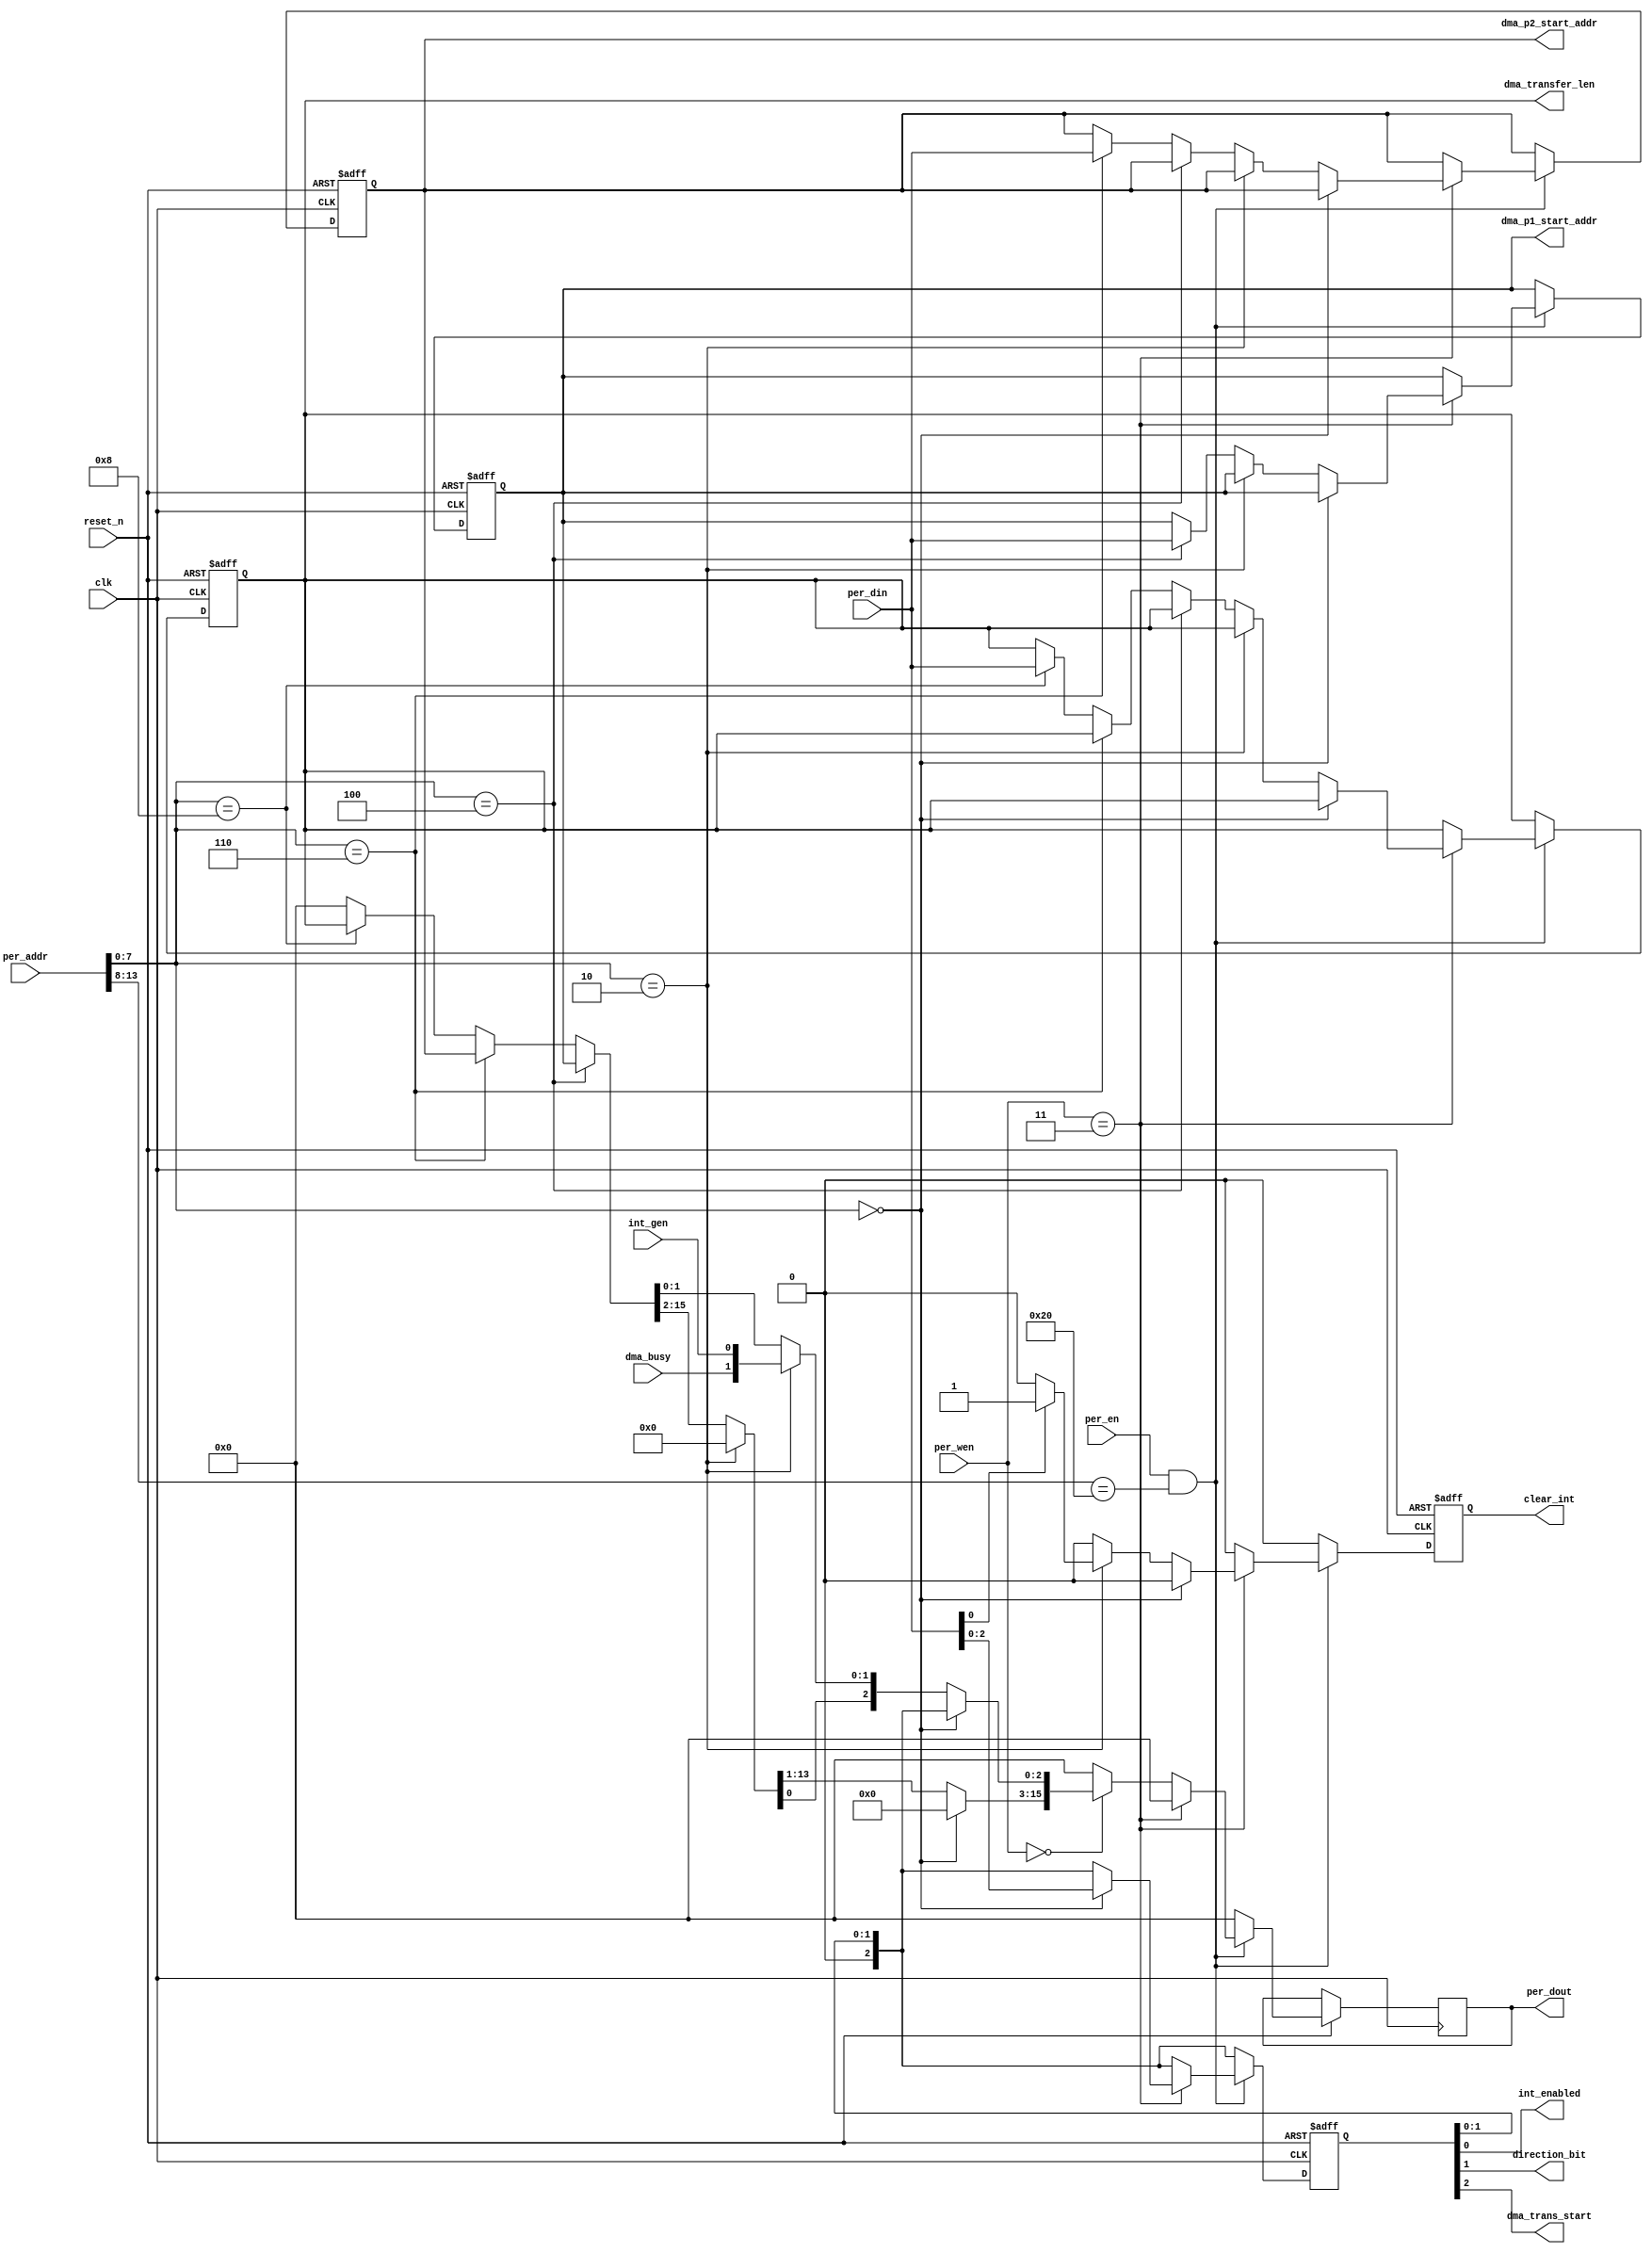
// Sai Marri :: DMA Registers
// Simple DMA controller for the OpenMSP430 IP core


module dma_registers(
        clk,
        reset_n,
        per_addr,
        per_en,
        per_wen,
        per_din,
        per_dout,
        int_gen,
        dma_busy,
        int_enabled,
        direction_bit,
        dma_trans_start,
        dma_p1_start_addr,
        dma_p2_start_addr,
        dma_transfer_len,
        clear_int);

parameter   DMA_CSR         =   8'h00;
//  BIT[0]      :   0 - INT_DISABLED        : 1 - INT_ENABLED
//  BIT[1]      :   0 - port1 -> port2      : 1 - port2 -> port1
//  BIT[2]      :   1 - DMA Start
parameter   DMA_STATUS      =   8'h02;
//  BIT[0]      :   1 - INT_Generated
//  BIT[1]      :   0 - DMA Idle      : 1 - DMA Busy
parameter   DMA_P1_SADDR    =   8'h04;
parameter   DMA_P2_SADDR    =   8'h06;
parameter   DMA_TRANS_LEN   =   8'h08;

parameter   DMA_BASE_ADDR   =   6'h20;

input               clk;
input               reset_n;
input       [13:0]  per_addr;
input               per_en;
input       [1:0]   per_wen;
input       [15:0]  per_din;
output reg  [15:0]  per_dout;

input               int_gen;
input               dma_busy;

output              int_enabled;
output              direction_bit;
output              dma_trans_start;

output reg  [15:0]  dma_p1_start_addr;
output reg  [15:0]  dma_p2_start_addr;
output reg  [15:0]  dma_transfer_len;
output reg          clear_int;

reg     [2:0]   dma_ctrl;


always @(posedge clk or negedge reset_n)
begin
    if(reset_n == 1'b0)
    begin
        dma_transfer_len    =   16'h00;
        dma_p1_start_addr   =   16'h00;
        dma_p2_start_addr   =   16'h00;
        dma_ctrl            =   3'h0;
        clear_int           =   1'b0;
    end
    else
    begin
        clear_int           =   1'b0;
        dma_ctrl[2]         =   1'b0;
        per_dout            =   16'h0;
        if((per_en == 1'b1) & (per_addr[13:8] == DMA_BASE_ADDR))
        begin
            if(per_wen == 2'b11)
            begin
                if(per_addr[7:0]    ==  DMA_CSR)
                    dma_ctrl    =   per_din[2:0];
                else if(per_addr[7:0]   ==  DMA_STATUS)
                begin
                    if(per_din[0] == 1'b1)
                        clear_int   =   1'b1;
                end
                else if(per_addr[7:0]   ==  DMA_P1_SADDR)
                    dma_p1_start_addr   =   per_din;
                else if(per_addr[7:0]   ==  DMA_P2_SADDR)
                    dma_p2_start_addr   =   per_din;
                else if(per_addr[7:0]   ==  DMA_TRANS_LEN)
                    dma_transfer_len    =   per_din;
            end
            else if(per_wen == 2'b00)
            begin
                if(per_addr[7:0]    ==  DMA_CSR)
                    per_dout[2:0]   =   dma_ctrl;
                else if(per_addr[7:0]   ==  DMA_STATUS)
                    per_dout[1:0]  =   {dma_busy,int_gen};
                else if(per_addr[7:0]   ==  DMA_P1_SADDR)
                    per_dout        =   dma_p1_start_addr;
                else if(per_addr[7:0]   ==  DMA_P2_SADDR)
                    per_dout        =   dma_p2_start_addr;
                else if(per_addr[7:0]   ==  DMA_TRANS_LEN)
                    per_dout        =   dma_transfer_len;
            end
        end
    end
end

assign int_enabled      =  dma_ctrl[0];
assign direction_bit    =  dma_ctrl[1];
assign dma_trans_start  =  dma_ctrl[2];

endmodule